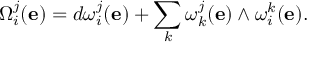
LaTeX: \Omega _ { i } ^ { j } ( \mathbf { e } ) = d \omega _ { i } ^ { j } ( \mathbf { e } ) + \sum _ { k } \omega _ { k } ^ { j } ( \mathbf { e } ) \wedge \omega _ { i } ^ { k } ( \mathbf { e } ) .